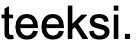
teeksi.